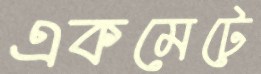
একমেটে